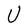
Character: U